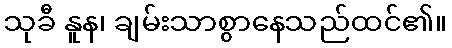
သုခီ နူန၊ ချမ်းသာစွာနေသည်ထင်၏။